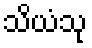
သိယံသု